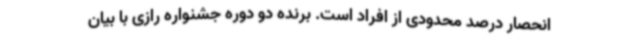
انحصار درصد محدودی از افراد است. برنده دو دوره جشنواره رازی با بیان